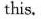
this.